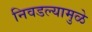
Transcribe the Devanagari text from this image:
निवडल्यामुळे